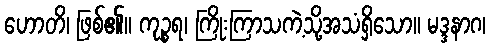
ဟောတိ၊ ဖြစ်၏။ ကုဉ္စရ၊ ကြိုးကြာသကဲ့သို့အသံရှိသော။ မဒ္ဒနာဂ၊